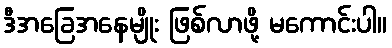
ဒီအခြေအနေမျိုး ဖြစ်လာဖို့ မကောင်းပါ။